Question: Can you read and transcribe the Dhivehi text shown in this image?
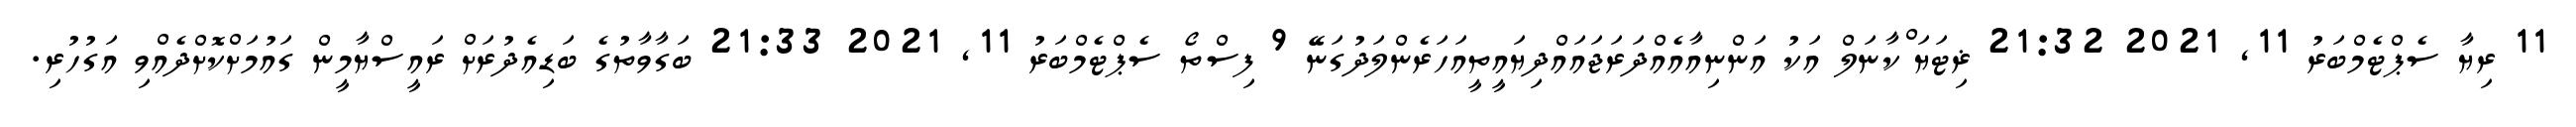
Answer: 11 ރިޔާ ސެޕްޓެމްބަރު 11, 2021 21:32 ޜިޓަޔަޱްކާނަލް އަކު އަންނިއާއެއްދަރަޖައައްދިޔައީތީއަހަރެންލަދުގަނޭ 9 ފިސްތޯ ސެޕްޓެމްބަރު 11, 2021 21:33 ބަގާވާތުގެ ބަޑިއެދުރަށް ރައީސްޔާމީން ގައުމަށްކޮށްދެއްވި އަގުހުރި.